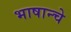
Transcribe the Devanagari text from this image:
भाषान्चे